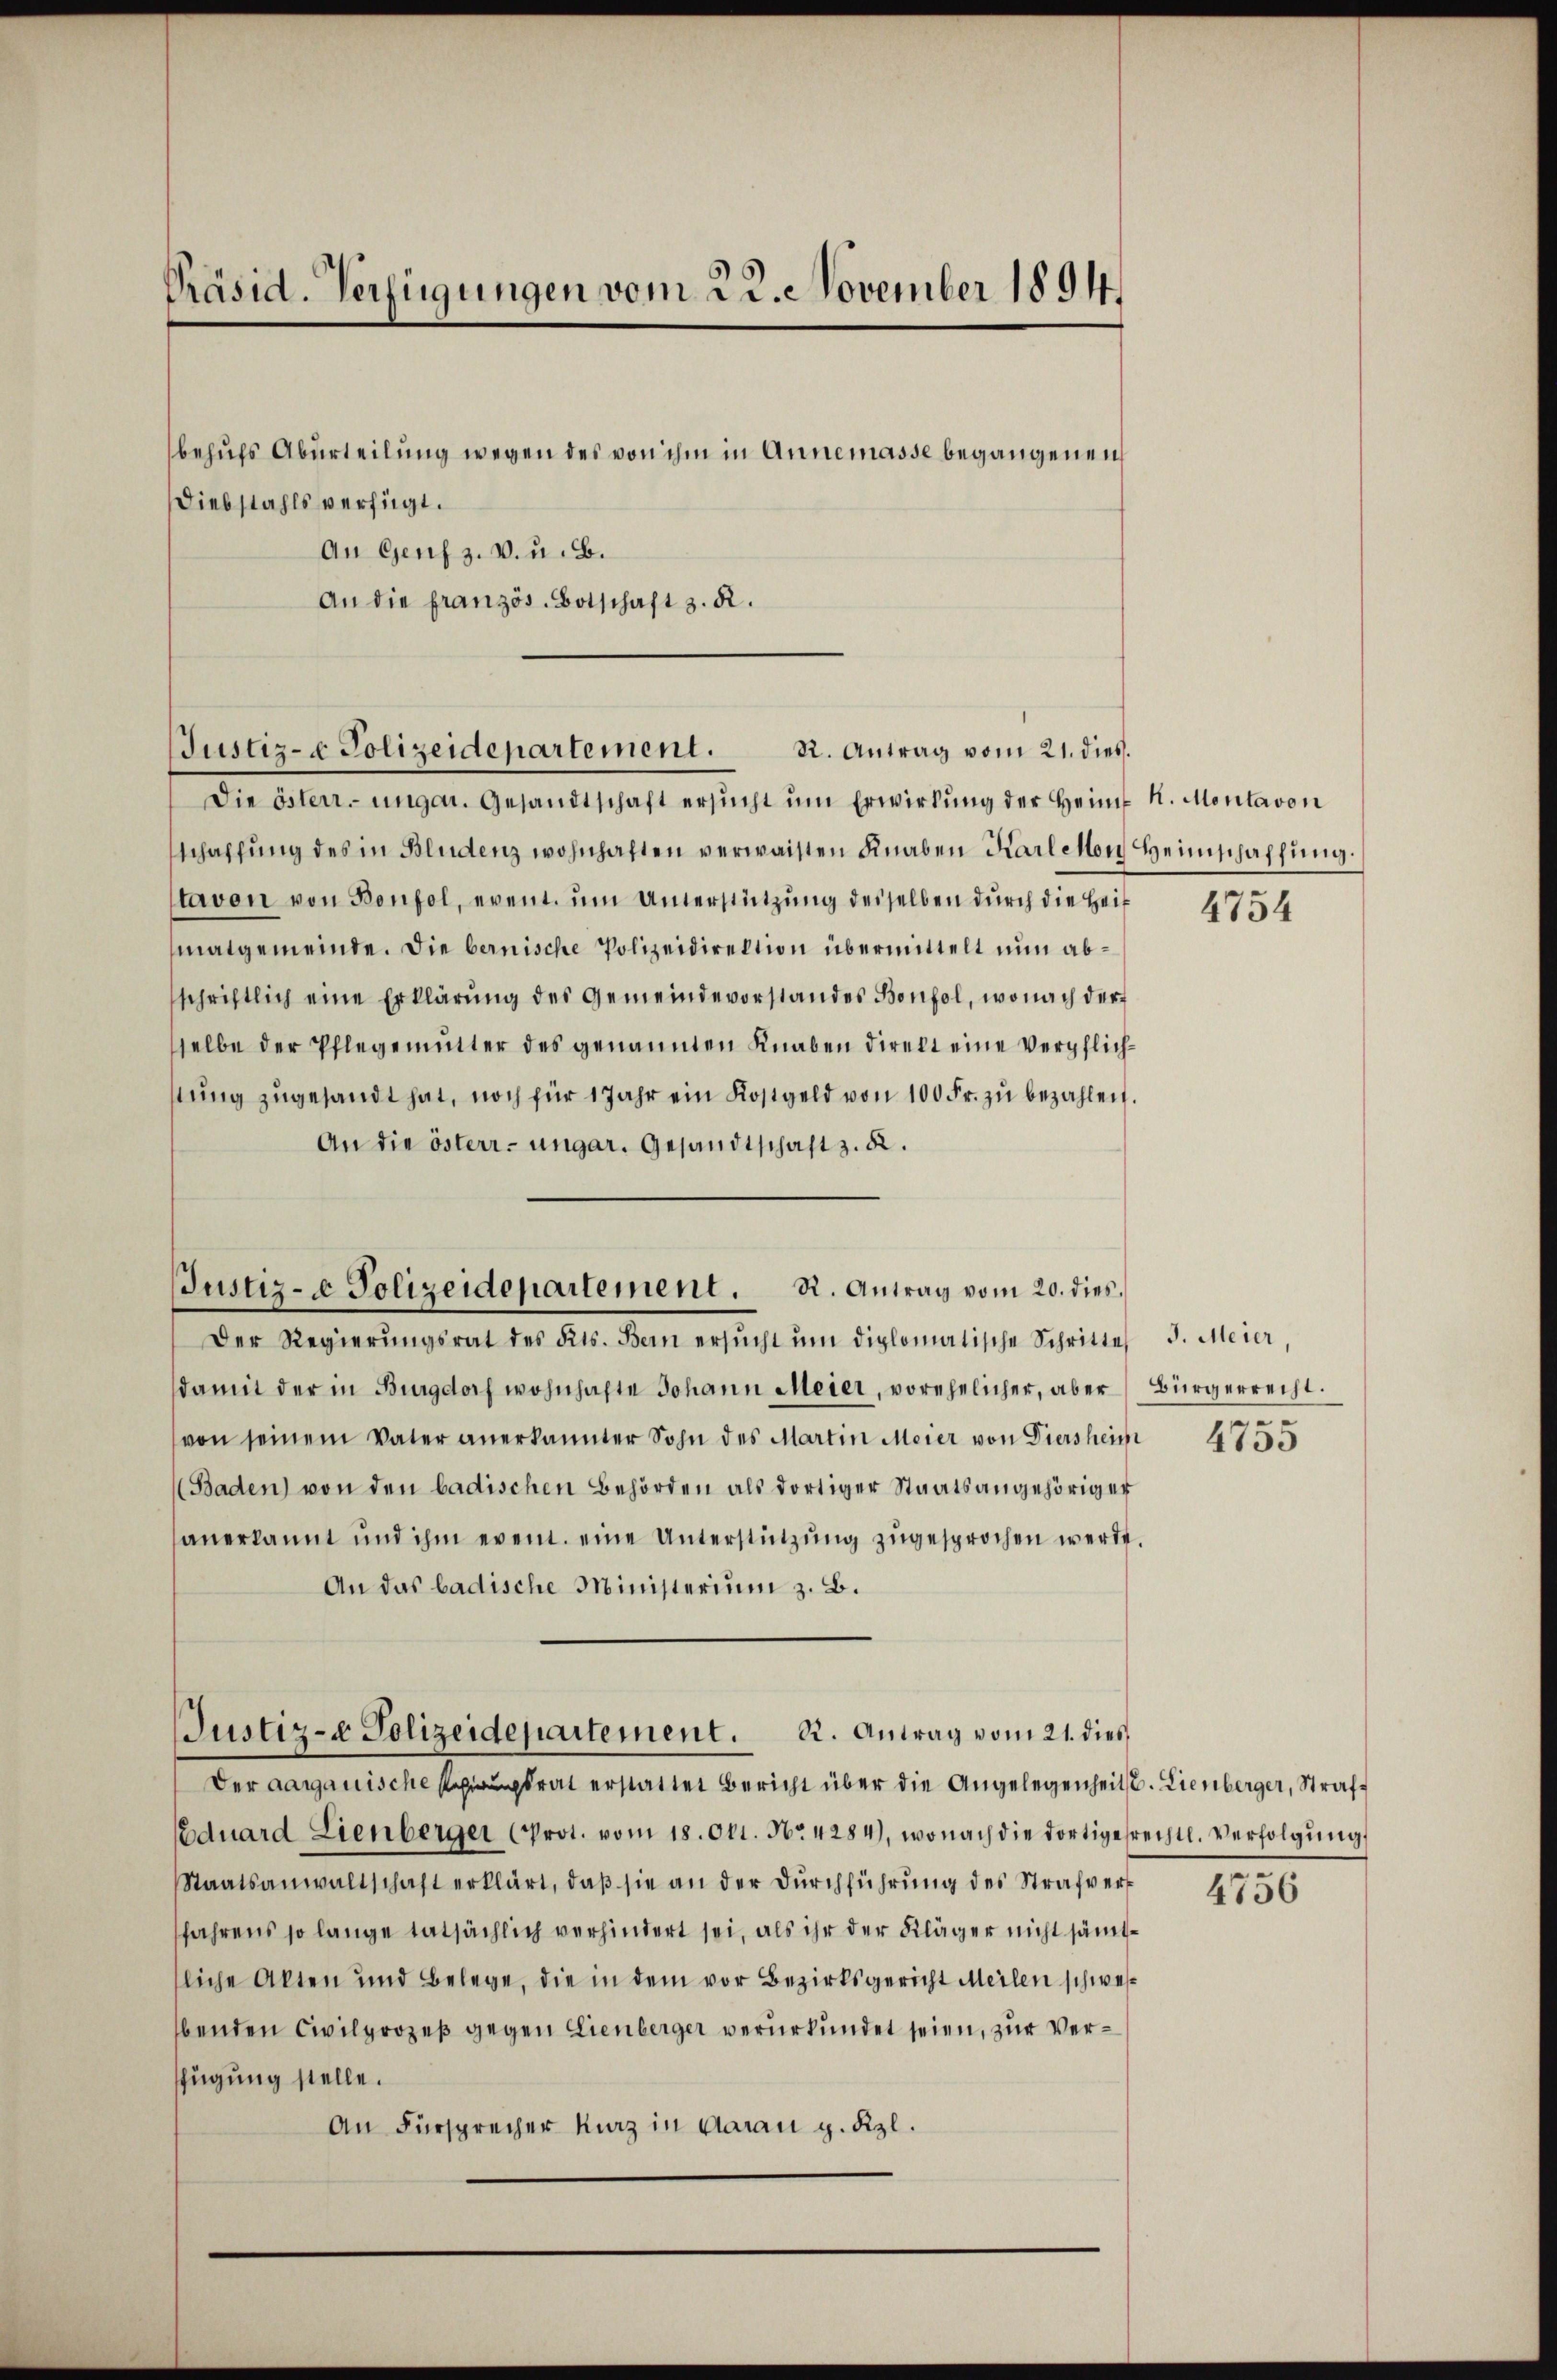
Präsid. Verfügungen vom 22. November 1894.

behufs Aburteilung wegen des von ihm in Annemasse begangenen
Diebstahls verfügt.
An Genf z. B. u. B.
An die französ. Botschaft z. R.

Die österr. ungar. Gesandtschaft ersŭcht ŭm Erwirkung der Heim K. Montavon
schaffung des in Bludenz wohnhaften verwaisten Knaben Karlehen Heimschaffung.
staven von Bonfol, event. um Unterstützung desselben durch die Heil
matgemeinde. Die bernische Polizeidirektion übermittelt nun abschriftlich eine Erklärung des Gemeindevorstandes Bonfol, wonach der
sselbe der Pflegemutter des genannten Knaben direkt eine Verpflichstŭng zugesandt hat, noch für 1 Jahr ein Kostgeld von 100 Fr. zŭ bezahlen.
An die österr. ungar. Gesandtschaft z. B.

Justiz- & Polizeidepartement. 2. Antrag vom 21. dies

Justiz- & Polizeidepartement. R. Antrag vom 20. dies¬

Der Regierŭngsrat des Kts. Kein ersŭcht ŭm diplomatische Schritte
damit der in Burgdorf wohnhafte Johann Meier, vorehelicher, aber
von seinem Vater anerkannter Sohn des Martin Meier von Diersheim
(Baden) von den badischen Behörden als dortiger Staatsangehöriger
anerkannt und ihm event. eine Unterstützŭng zugesprochen werde,
An das badische Ministerium z. B.
Der aargauische trat erstattet Bericht über die Angelegenheit. Lienberger, Straf¬
Eduard Lienberger (Prot. vom 18. Okt. No. 4284), wonach die dortigesrechtl. Verfolgŭng
Staatsanwaltschaft erklärt, daß sie an der Durchführung des Strafverfahrens so lange tatsächlich verhindert sei, als ihr der Kläger nicht sämtliche Akten und Belege, die in dem vor Bezirksgericht Meilen schwesbenden Civilprozeß gegen Lienberger verurkundet seien, zur Verfügung stelle.
An Fürsprecher Kaz in Aarau g. Kzl.

Justiz- & Polizeidepartement. R. Antrag vom 21. dies

4734

J. Meier,
Bürgerrecht.

4755

4756